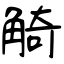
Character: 觭